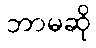
ဘာမဆို